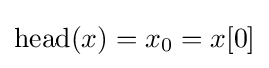
\operatorname {head} (x)=x_{0}=x[0]